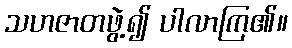
သဟဇာတဖွဲ့၍ ပါလာကြ၏။